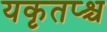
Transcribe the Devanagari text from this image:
यकृतप्श्च